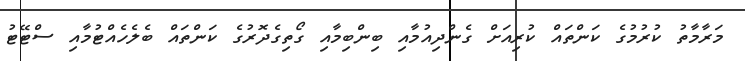
މަރާމާތު ކުރުމުގެ ކަންތައް ކުރިއަށް ގެންދިއުމާއި ބިންބިމާއި ގޯތިގެދޮރުގެ ކަންތައް ބެލެހެއްޓުމާއި ސްޓޭޓު